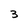
Character: 3